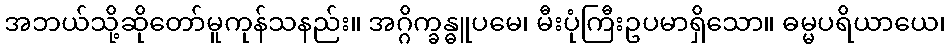
အဘယ်သို့ဆိုတော်မူကုန်သနည်း။ အဂ္ဂိက္ခန္ဓူပမေ၊ မီးပုံကြီးဥပမာရှိသော။ ဓမ္မပရိယာယေ၊